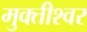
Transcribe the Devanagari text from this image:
मुक्तीश्वर